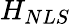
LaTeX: H_{NLS}